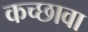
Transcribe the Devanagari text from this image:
कच्छावा